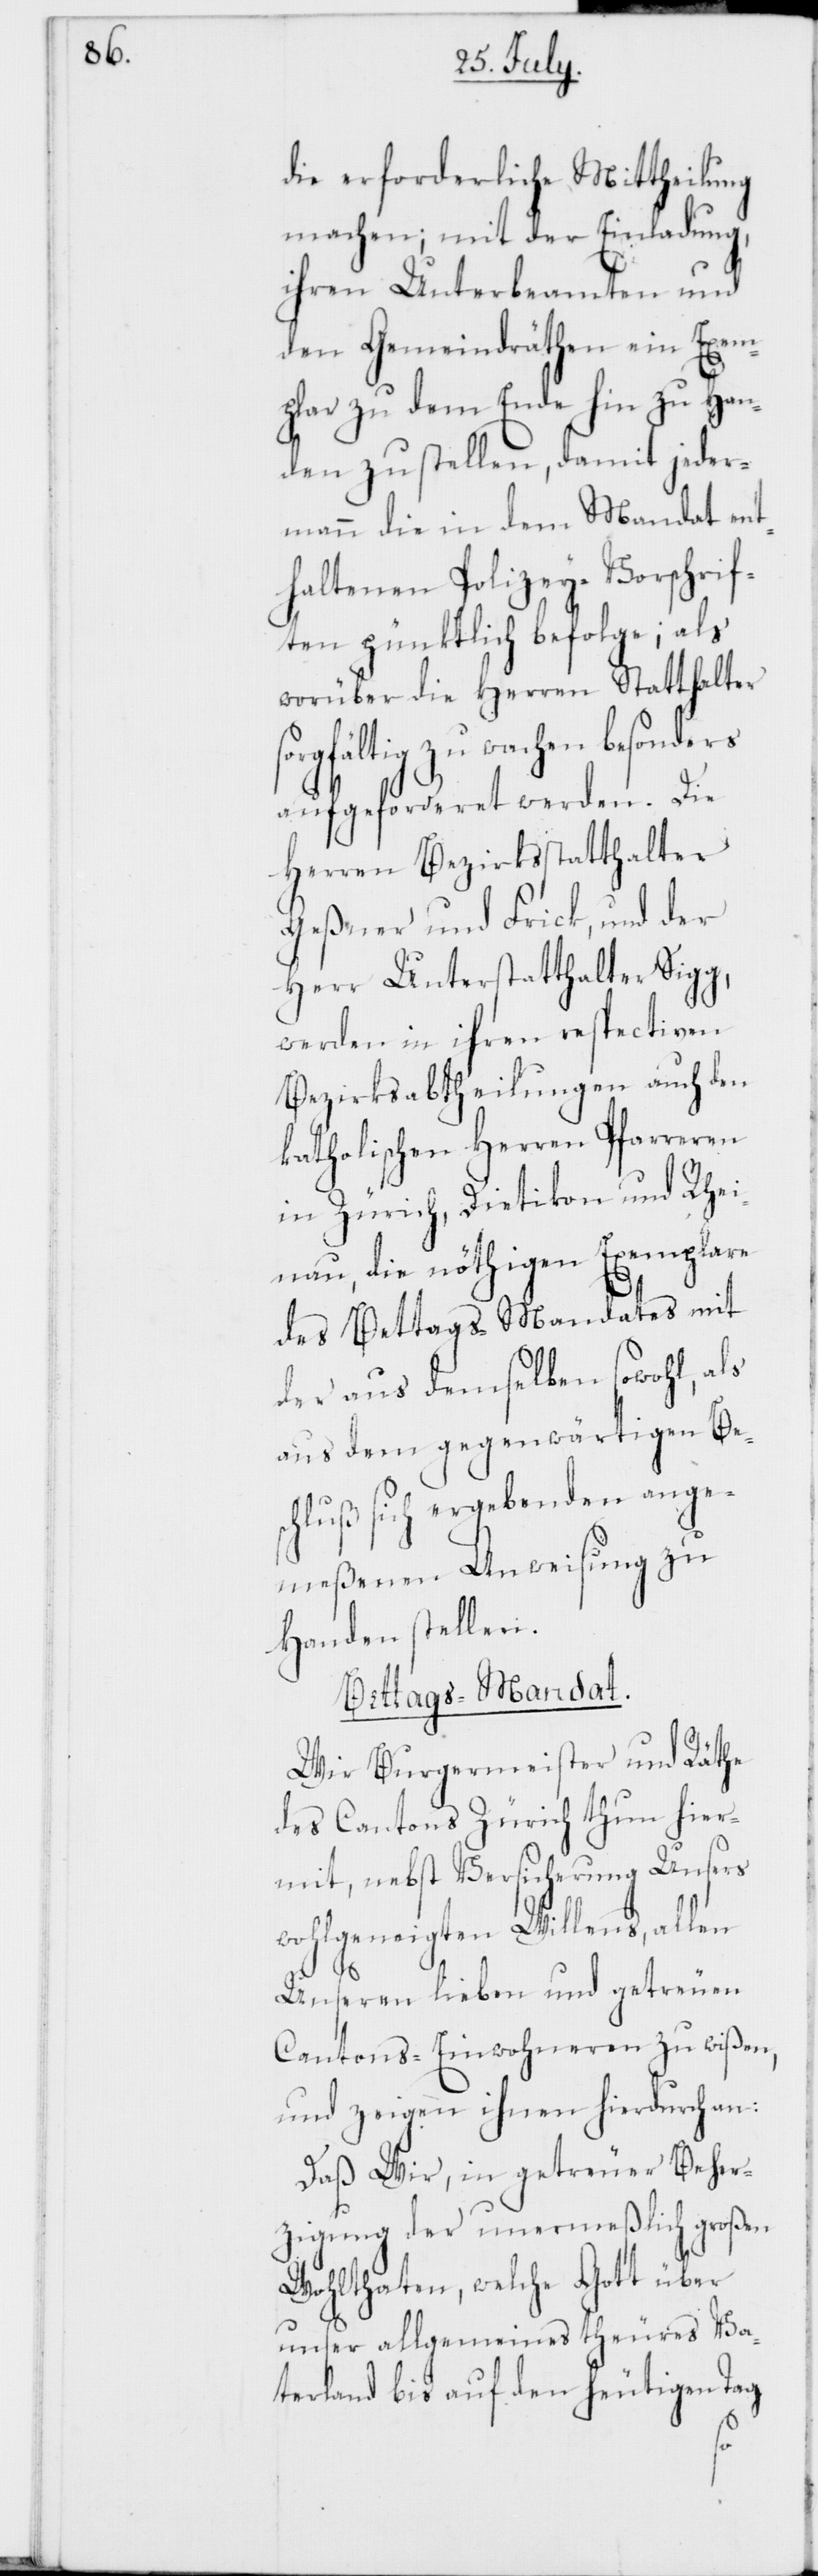
die erforderliche Mittheilung
machen; mit der Einladung,
ihren Unterbeamten und
den Gemeindräthen ein Exem¬
plar zu dem Ende hin zu Han¬
den zu stellen, damit jeder¬
mann die in dem Mandat ent¬
haltenen Polizey-Vorschrif¬
ten pünktlich befolge; als
worüber die Herren Statthalter
gfältig zu wachen besonders
aufgeforderet werden. Die
Herren Bezirksstatthalter
Geßner und Frick, und der
Herr Unterstatthalter Sigg,
werden in ihren respectiven
Bezirksabtheilungen auch den
katholischen Herren Pfarreren
in Zürich, Dietikon und Rhei¬
nau, die nöthigen Exemplare
des Bettags-Mandats mit
der aus demselben sowohl, als
aus dem gegenwärtigen Be¬
schluß sich ergebenden ange¬
meßenen Anweisung zu
Handen stellen.
Bettags-Mandat.
Wir Burgermeister und Räthe
des Cantons Zürich thun hier¬
mit, nebst Versicherung Unsers
wohlgeneigten Willens, allen
sor¬
unseren lieben und getreuen
Cantons-Einwohneren zu wißen,
und zeigen ihnen hierdurch an:
Daß Wir, in getreuer Beher¬
zigung der unermeßlich großen
Wohlthaten, welche Gott über
unser allgemeines theures Va¬
terland bis auf den heutigen Tag